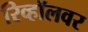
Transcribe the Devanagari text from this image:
रिव्हॉलवर